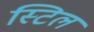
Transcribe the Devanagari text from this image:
स्‍टिल